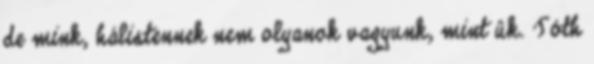
de mink, hálistennek nem olyanok vagyunk, mint ûk. Tóth